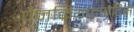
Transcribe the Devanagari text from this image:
पैनक्रियाटाइटिस